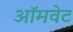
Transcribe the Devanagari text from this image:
ऑमवेट